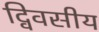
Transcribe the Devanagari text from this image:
द्विवसीय